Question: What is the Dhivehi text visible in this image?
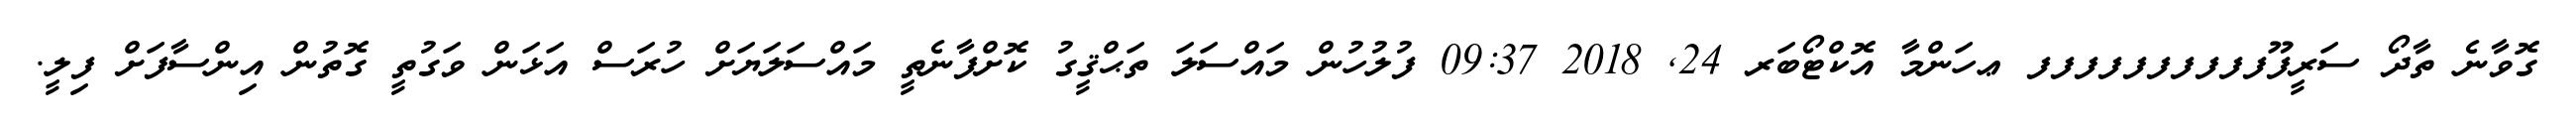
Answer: ގޮވާނެ ތާދޯ ސަރީފޫފފފފފފފފފފ ޢހަންމާ އޮކްޓޯބަރ 24, 2018 09:37 ފުލުހުން މައްސަލަ ތަޙްޤީގު ކޮށްފާނެތީ މައްސަލަޔަށް ހުރަސް އަޅަން ވަގުތީ ގޮތުން އިންސާފަށް ފިލީ.